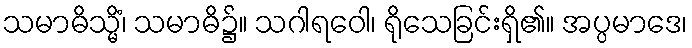
သမာဓိသ္မိံ၊ သမာဓိ၌။ သဂါရဝေါ၊ ရိုသေခြင်းရှိ၏။ အပ္ပမာဒေ၊